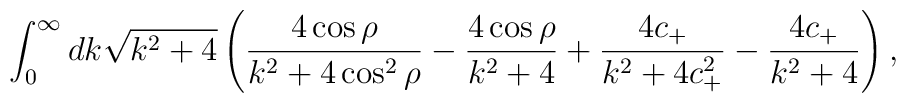
\int_0^\infty dk\sqrt{k^2+4}\left(\frac{4\cos\rho}{k^2+4\cos^2\rho}- \frac{4\cos\rho}{ k^2+4}+\frac{4c_+}{k^2+4c_+^2}- \frac{4c_+}{ k^2+4}\right),